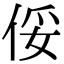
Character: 俀